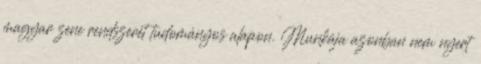
magyar zene rendszerét tudományos alapon. Munkája azonban nem nyert